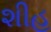
શીહ